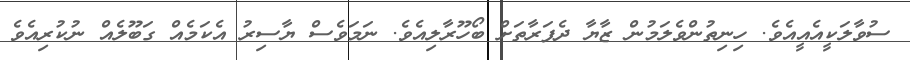
ސުވާލަކީއެއީއެވެ. ހިނިތުންވެލަމުން ޒާޔާ ދެފަރާތަށް ބޯހޫރާލިއެވެ. ނަމަވެސް ޔާސިރު އެކަމެއް ގަބޫލެއް ނުކުރިއެވެ